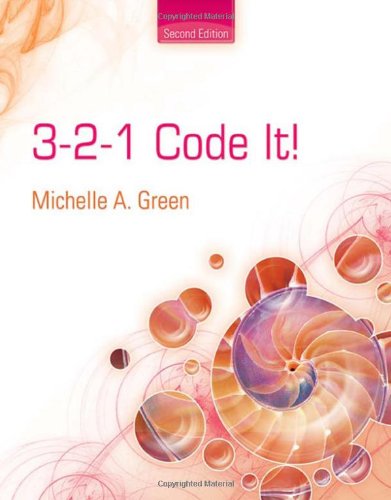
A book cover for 3-2-1 Code It!; Michelle A. Green; Medical Books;